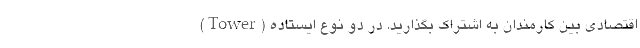
اقتصادی بین کارمندان به اشتراک بگذارید. در دو نوع ایستاده (Tower)